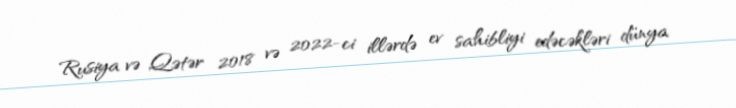
Rusiya və Qətər 2018 və 2022-ci illərdə ev sahibliyi edəcəkləri dünya